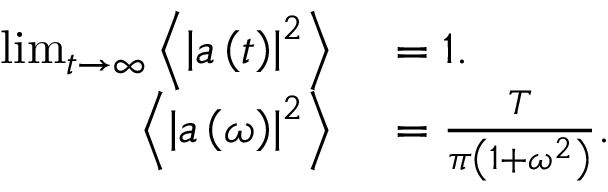
\begin{array} { r l } { \operatorname* { l i m } _ { t \rightarrow \infty } \left\langle \left| a \left( t \right) \right| ^ { 2 } \right\rangle } & { { } = 1 . } \\ { \left\langle \left| a \left( \omega \right) \right| ^ { 2 } \right\rangle } & { { } = \frac { T } { \pi \left( 1 + \omega ^ { 2 } \right) } . } \end{array}